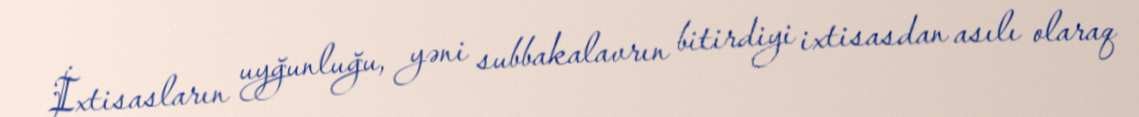
İxtisasların uyğunluğu, yəni subbakalavrın bitirdiyi ixtisasdan asılı olaraq